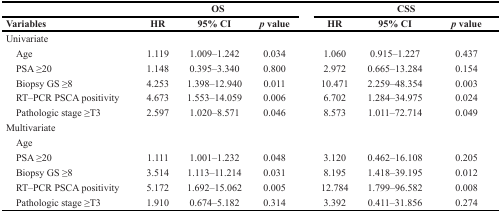
<table><thead><tr><td></td><td colspan="3"><b>OS</b></td><td colspan="3"><b>CSS</b></td></tr><tr><td><b>Variables</b></td><td><b>HR</b></td><td><b>95% CI</b></td><td><b><i>p</i> value</b></td><td><b>HR</b></td><td><b>95% CI</b></td><td><b><i>p</i> value</b></td></tr></thead><tbody><tr><td>Univariate</td><td></td><td></td><td></td><td></td><td></td><td></td></tr><tr><td> Age</td><td>1.119</td><td>1.009–1.242</td><td>0.034</td><td>1.060</td><td>0.915–1.227</td><td>0.437</td></tr><tr><td> PSA ≥20</td><td>1.148</td><td>0.395–3.340</td><td>0.800</td><td>2.972</td><td>0.665–13.284</td><td>0.154</td></tr><tr><td> Biopsy GS ≥8</td><td>4.253</td><td>1.398–12.940</td><td>0.011</td><td>10.471</td><td>2.259–48.354</td><td>0.003</td></tr><tr><td> RT–PCR PSCA positivity</td><td>4.673</td><td>1.553–14.059</td><td>0.006</td><td>6.702</td><td>1.284–34.975</td><td>0.024</td></tr><tr><td> Pathologic stage ≥T3</td><td>2.597</td><td>1.020–8.571</td><td>0.046</td><td>8.573</td><td>1.011–72.714</td><td>0.049</td></tr><tr><td>Multivariate</td><td></td><td></td><td></td><td></td><td></td><td></td></tr><tr><td> Age</td><td></td><td></td><td></td><td></td><td></td><td></td></tr><tr><td> PSA ≥20</td><td>1.111</td><td>1.001–1.232</td><td>0.048</td><td>3.120</td><td>0.462–16.108</td><td>0.205</td></tr><tr><td> Biopsy GS ≥8</td><td>3.514</td><td>1.113–11.214</td><td>0.031</td><td>8.195</td><td>1.418–39.195</td><td>0.012</td></tr><tr><td> RT–PCR PSCA positivity</td><td>5.172</td><td>1.692–15.062</td><td>0.005</td><td>12.784</td><td>1.799–96.582</td><td>0.008</td></tr><tr><td> Pathologic stage ≥T3</td><td>1.910</td><td>0.674–5.182</td><td>0.314</td><td>3.392</td><td>0.411–31.856</td><td>0.274</td></tr></tbody></table>